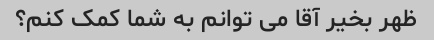
ظهر بخیر آقا می توانم به شما کمک کنم؟